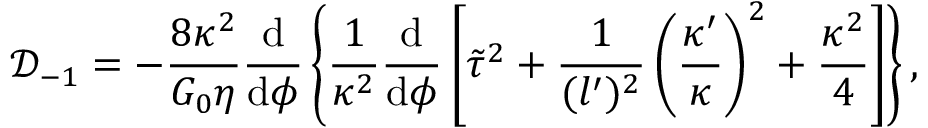
\mathcal { D } _ { - 1 } = - \frac { 8 \kappa ^ { 2 } } { G _ { 0 } \eta } \frac { \mathrm { d } } { \mathrm { d } \phi } \left\{ \frac { 1 } { \kappa ^ { 2 } } \frac { \mathrm { d } } { \mathrm { d } \phi } \left[ \tilde { \tau } ^ { 2 } + \frac { 1 } { ( l ^ { \prime } ) ^ { 2 } } \left( \frac { \kappa ^ { \prime } } { \kappa } \right) ^ { 2 } + \frac { \kappa ^ { 2 } } { 4 } \right] \right\} ,